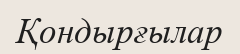
Қондырғылар